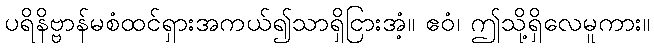
ပရိနိဗ္ဗာန်မစံထင်ရှားအကယ်၍သာရှိငြားအံ့။ ဧဝံ၊ ဤသို့ရှိလေမူကား။